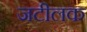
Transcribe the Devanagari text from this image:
जटीलक